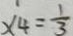
x _ { 4 } = \frac { 1 } { 3 }